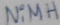
Text: NiMH